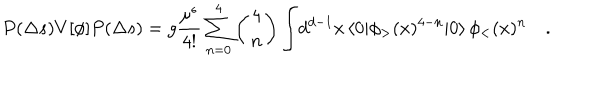
{ P ( \Delta s ) V [ \phi ] P ( \Delta s ) } = { g } { \frac { \mu ^ { \epsilon } } { 4 ! } } \sum _ { n = 0 } ^ { 4 } \left( { 4 \atop n } \right) \int \! d ^ { d - 1 } x \, \langle 0 | \phi _ { > } ( x ) ^ { 4 - n } | 0 \rangle \, \phi _ { < } ( x ) ^ { n } \quad .